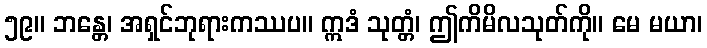
၅၉။ ဘန္တေ၊ အရှင်ဘုရားကဿပ။ ဣဒံ သုတ္တံ၊ ဤကိမိလသုတ်ကို။ မေ မယာ၊